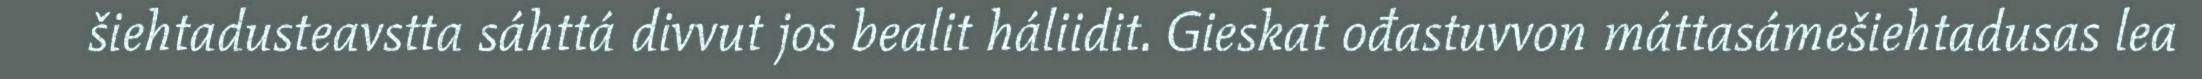
šiehtadusteavstta sáhttá divvut jos bealit háliidit. Gieskat ođastuvvon máttasámešiehtadusas lea